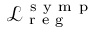
\mathcal { L } _ { \mathrm { ~ r ~ e ~ g ~ } } ^ { \mathrm { ~ s ~ y ~ m ~ p ~ } }